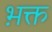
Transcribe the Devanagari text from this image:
भ़क्त